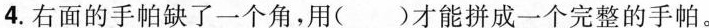
4.右面的手帕缺了一个角，用()才能拼成一个完整的手帕。